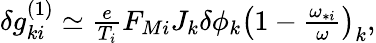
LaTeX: \begin{array}{r}{\delta g_{ki}^{(1)}\simeq\frac{e}{T_{i}}F_{Mi}J_{k}\delta\phi_{k}\left(1-\frac{\omega_{*i}}{\omega}\right)_{k},}\end{array}